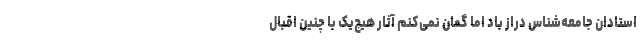
استادان جامعه‌شناس دراز باد اما گمان نمی‌کنم آثار هیچ‌یک با چنین اقبال